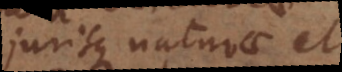
jurisque naturae et